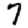
Digit: 7